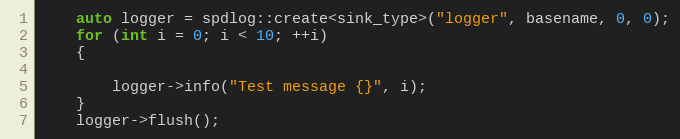
Language: C++
    auto logger = spdlog::create<sink_type>("logger", basename, 0, 0);
    for (int i = 0; i < 10; ++i)
    {

        logger->info("Test message {}", i);
    }
    logger->flush();